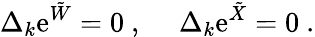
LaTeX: \Delta_{k}\mathrm{e}^{{\tilde{W}}}=0~,~\quad\Delta_{k}\mathrm{e}^{{\tilde{X}}}=0~.